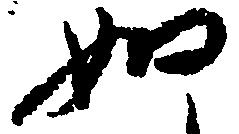
如